Vital statistics of India. Vol. IV, Annual returns from 1871 to 1876. British Army of India, Native Army and jails of Bengal
Year: 1871
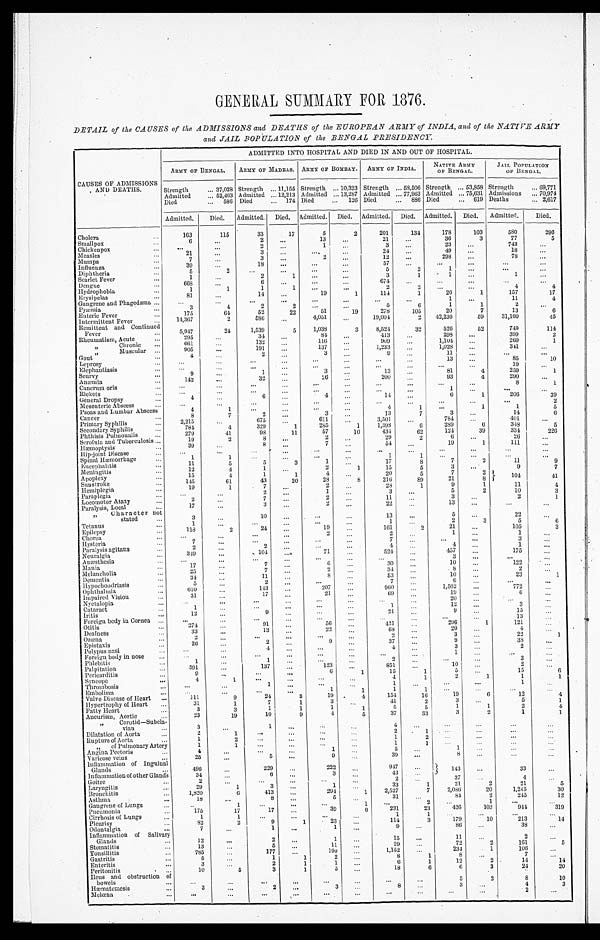
GENERAL SUMMARY FOR 1876.
DETAIL of the CAUSES of the ADMISSIONS and DEATHS of the EUROPEAN ARMY of INDIA, and of the NATIVE ARMY
and JAIL POPULATION of the BENGAL PRESIDENCY.
CAUSES OF ADMISSIONS
AND DEATHS.
ADMITTED INTO HOSPITAL AND DIED IN AND OUT OF HOSPITAL.
ARMY OF BENGAL. ARMY OF MADRAS. ARMY OF BOMBAY. ARMY OF INDIA.
NATIVE ARMY
OF BENGAL.
JAIL POPULATION
OF BENGAL.
Strength
37,028 Strength
11,155 Strength
10,323 Strength
58,506 Strength
53,858 Strength
69,771
Admitted
52,463 Admitted 12,213 Admitted 13,287 Admitted 77,963 Admitted 75,631 Admissions
7 0 , 9 7 4
Died
586 Died
174 Died
126 Died
886 Died
619 Deaths
2,617
Admitted.
Died. Admitted. Died. Admitted. Died.
Admitted.
Died.
Admitted.
Died. Admitted.
Died.
Cholera
163
115
33
17
5
2
201
134
178
103
580
296
Smallpox
6
...
2
...
13
...
21 ...
36
3
77
5
Chickenpox
...
...
2 ...
1
...
3 ...
23
...
743
...
Measles
21
...
3
...
...
...
24 ...
49
...
18
...
Mumps
7
...
3
...
2
...
12
...
298
...
78 ...
Influenza
39
...
18
...
...
...
57 ...
...
...
...
...
Diphtheria
5
2
... ...
...
...
5
2
1
...
...
...
Scarlet Fever
1
...
2
1
...
...
3
1
1
...
1
...
Dengue
668
...
6
...
...
...
674
...
...
...
...
...
Hydrophobia
1
1
1
1
...
...
2
2
...
...
4
4
Erysipelas
81
...
14
...
19
1
114
1
26
1
157
17
Gangrene and Phagedæna
...
...
...
...
...
...
...
...
1
...
11
4
Pyæmia
3
4
2
2 ...
...
5
6
1
1
2
...
Enteric Fever
175
64
52
22
51
19
278
105
20
7
13
6
Intermittent Fever
14,367
2
586 ...
4,051 ...
19,004
2 42,236
59
31,160
45
Remittent and Continued
Fever
5,947
24
1,539
5
1,038
3
8,524
32
526
52
749
114
Rheumatism, Acute
295
...
34
...
84 ...
413
...
298
...
399
2
"Chronic
661
...
132 ...
.116.. ...
909 ...
1,104 ...
269
1
" Muscular
905
...
191
...
137
...
1,233
...
1,028 ...
341
...
Gout
4 ...
2
...
3
...
9
...
11
...
...
...
Leprosy
... ...
... ...
...
...
...
...
13
...
85
10
Elephantiasis
... ...
... ...
...
...
...
...
...
19
...
Scurvy
9
...
1
...
3
...
13 ...
81
4
259
1
Anæmia
142
...
32
...
26
...
200 ...
93
4
290 ...
Cancrum oris
... ...
...
...
... ...
...
...
...
8
1
Rickets
...
... ...
...
...
...
...
... 1
...
...
...
General Dropsy
4
...
6 ...
4 ...
14
...
6
1 206
39
Mesenteric Abscess
...
...
... ...
...
...
...
...
...
...
...
2
Psoas and Lumbar Abscess
4
1
...
...
... ...
4
1
...
1
1
5
Cancer
8
7
2
...
3 ...
13
7
3
...
14
6
Primary Syphilis
2,215 ...
675 ...
611
...
3,501
...
784 ...
401
...
Secondary Syphilis
784
4
329
1
285
1
1,398
6
289
6
348
5
Phthisis Pulmonalis
279
41
98
11
57
10
434
62
124
39
334
226
Scrofula and Tuberculosis
19
2
8
...
2
...
29
2
6
...
26 ...
Hæmoptysis
39
...
8
...
7
...
54
...
19
1
111
...
Hip-joint Disease
...
...
...
...
...
...
...
...
...
...
...
...
Spinal Hæmorrhage
1
1
... ...
... ...
1
1
...
...
...
...
Encephalitis
11
5
5
3
1
...
17
8
7
2
11
9
Meningitis
12
4
1
...
2
1
15
5
3
9
7
Apoplexy
15
4
1
1
4
...
20
5
7
2
104
41
Sunstroke
145
61
43
20
28 8
216
89 21
8
Hemiplegia
19
1
77
...
1
...
28
1
9
1
11
4
Paraplegia
...
...
2
...
1
...
3
...
5
2
10
3
Locomotor Ataxy
2 ...
7 ...
2
...
11 ...
3 ...
2
1
Paralysis, Local
17
...
3
...
2
...
22
...
13
...
...
...
" Character not
stated
3 ...
10
...
...
...
13
...
5
...
22
...
Tetanus
1
...
... ...
...
...
1
... 2
3
5
6
Epilepsy
118
2
24
...
19 ...
161
2
21
...
105
3
Chorea
...
...
2
... 2
.... 1
...
1
...
...
Hysteria
7
... ...
...
...
...
7 ...
...
...
3 ...
Paralysis agitans
2 ...
2
...
...
...
4 ...
4 ...
1
...
Neuralgia
349 ...
104
71
...
524
...
457
...
175 ...
Anæsthesia
...
...
... ...
...
...
...
... 3
...
...
...
Mania
17
...
7
...
6
...
30
...
10 ...
122 ...
Melancholia
25
...
7
...
2 ...
34
...
8 ...
2
...
Dementia
34
...
11
...
8
...
53
...
10
...
23
1
Hypochoudriasis
5
...
2
...
...
...
7
...
6 ...
...
...
Ophthalmia
610
...
143 ...
207
...
960 ...
1,502
...
772 ...
Impaired Vision
31
...
17
...
21
...
69
...
19
...
6
...
Nyctalopia
...
...
...
...
...
... ... ...
20
... ...
...
Cataract
1 ...
...
...
...
...
1
...
12 ...
3 ...
Iritis
12 ...
9 ...
...
...
21
...
9 ...
15
...
Foreign body in Cornea ...
...
... ...
...
... ...
...
...
...
13
...
Otitis
274 ...
91
...
56
...
421
...
296
1
121
...
Deafness
33
...
13
...
22 ...
68
...
20
...
4 ...
Ozœna
2
...
...
...
...
...
2 ...
3 ...
22
1
Epistaxis
26 ...
2 ...
9
...
37
...
9
...
38
...
Polypus nasi
... ...
4
...
... ...
4
...
3
...
2 ...
Foreign body in nose
...
... ...
...
...
...
... ...
1 ...
...
...
Phlebitis
1 ...
1
...
...
...
2
...
...
...
3
...
Palpitation
591
...
137
...
123
...
851 ...
10
...
2 ...
Pericarditis
9
...
...
...
6
1
15
1
5 ...
15
6
Syncope
4
1
... ...
...
...
4
1
2
1
1
1
Thrombosis
...
...
1
...
... ...
1 ...
...
...
1 ...
Embolism
...
... ...
...
1
1
1
1
... ... ...
...
Valve Disease of Heart
111
9
24
3
19
4
154
16
19 6
12
4
Hypertrophy of Heart
31
1
7
1
3 ...
41
2
3
...
5
1
Fatty Heart
3
3
1
1
1
1
5
5
1
1
2
4
Aneurism, Aortic
23
19
10 9
4
5
37
33
3
2
1
1
" vian
3
...
1
...
... ...
4
...
...
...
...
...
Dilatation of Aorta
2
1
...
... ...
...
2
1 ...
...
...
...
Rupture of Aorta
1
2
...
...
...
...
1
2
...
... ...
...
" of Pulmonary Artery
1
1 ...
... ...
...
1
1
...
... ...
...
Angina Pectoris
4 ...
...
...
1 ...
5
...
1
...
...
...
Varicose veins
25
...
5
...
9 ...
39
...
8
...
...
...
Inflammation of Inguinal
Glands
496 ...
229
...
222
...
947 ...
143
...
33
...
Inflammation of other Glands
34
...
6
...
3
...
43 ...
Goitre
2
... ...
...
...
...
2 ...
37 ...
4
...
Laryngitis
29
1
3
...
1 ...
33
1
21
2
21
5
Bronchitis
1,820
6
413
...
294 1
2,527
7
2,086
20
1,245
30
Asthma
18
...
8
...
5
...
31
...
84
2
245
12
Gangrene of Lungs
...
1
...
...
...
1
...
2
...
1
...
...
Pneumonia
...
175
17
17
39
6
231
23
426
103
944
319
Cirrhosis of Lungs
1
1
...
...
...
...
1
1 ...
...
...
...
Pleurisy
82
2
9
1
23
...
114
3
179
10
213
14
Odontalgia
7
...
1
...
1
...
9 ...
86
...
38
...
Inflammation of Salivary
Glands
12
...
2 ...
1
...
15
...
11
...
2
...
Stomatitis
13
...
5 ...
11
...
29 ...
72
2
161
5
Tonsillitis
785 ...
177
...
190
...
1,152 ...
234
1
106 ...
Gastritis
5 ...
1
1
2
...
8
1
8
...
7
...
Enteritis
3
...
2
1
1
...
6
1
12
2
14
14
Peritonitis
10
5
3
1
5
...
18
6
6
3
24
20
Ileus and obstruction of
bowels
...
...
...
...
...
...
...
...
3
2
8
10
Hæmatemesis
3
...
2
...
3 ...
8 ...
3
...
4
3
Melœna
... ...
... ...
...
...
...
...
...
...
2
...